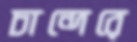
চান্দেরে